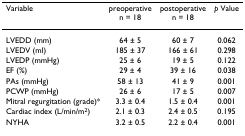
| Variable | preoperativen = 18 | postoperativen = 18 | p Value |
 | --- | --- | --- | --- |
 | LVEDD (mm) | 64 ± 5 | 60 ± 7 | 0.062 |
 | LVEDV (ml) | 185 ± 37 | 166 ± 61 | 0.298 |
 | LVEDP (mmHg) | 25 ± 6 | 19 ± 5 | 0.122 |
 | EF (%) | 29 ± 4 | 39 ± 16 | 0.038 |
 | PAs (mmHg) | 58 ± 13 | 41 ± 9 | 0.001 |
 | PCWP (mmHg) | 26 ± 6 | 17 ± 5 | 0.007 |
 | Mitral regurgitation (grade)* | 3.3 ± 0.4 | 1.5 ± 0.4 | 0.001 |
 | Cardiac index (L/min/m2) | 2.1 ± 0.3 | 2.4 ± 0.5 | 0.195 |
 | NYHA | 3.2 ± 0.5 | 2.2 ± 0.4 | 0.001 |